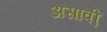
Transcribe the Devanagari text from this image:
असावी़